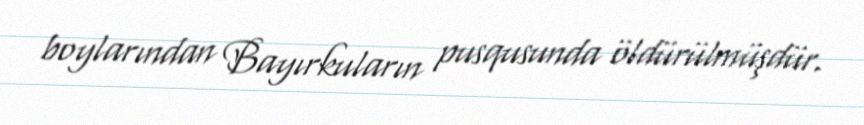
boylarından Bayırkuların pusqusunda öldürülmüşdür.